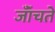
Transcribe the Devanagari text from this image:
जॉँचते